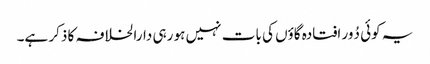
یہ کوئی دُور افتادہ گاؤں کی بات نہیں ہو رہی دارالخلافہ کا ذکر ہے۔